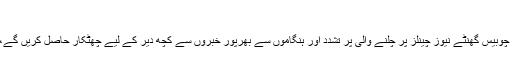
‘
’لوگ ہر ہفتے لیٹ لیٹ شو دیکھ کر چوبیس گھنٹے نیوز چینلز پر چلنے والی پر تشدد اور ہنگاموں سے بھرپور خبروں سے کچھ دیر کے لیے چھٹکار حاصل کریں گے، اور پریشانیوں کو بھول جائیں گے۔